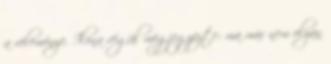
a véleménye. Ilona végül megjegyezte: ma már nem olyan